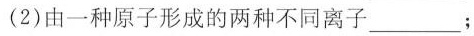
(2)由一种原子形成的两种不同离子___；